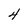
Character: 4